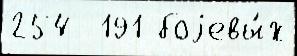
254  191 боjевы́х